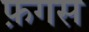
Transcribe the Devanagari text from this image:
फ़गस